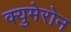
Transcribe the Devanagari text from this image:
क्युमेरोन